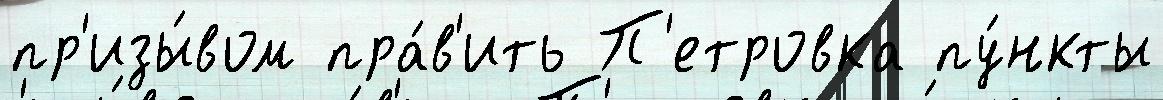
пр'изы́вом пра́в'ить П'етровка пу́нкты